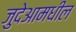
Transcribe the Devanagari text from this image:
जुदेआमधील